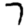
Digit: 7